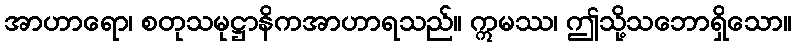
အာဟာရော၊ စတုသမုဋ္ဌာနိကအာဟာရသည်။ ဣမဿ၊ ဤသို့သဘောရှိသော။